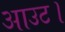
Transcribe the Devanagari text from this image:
आउट।